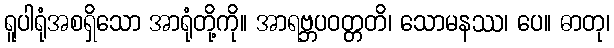
ရူပါရုံအစရှိသော အာရုံတို့ကို။ အာရဗ္ဘပဝတ္တတိ၊ သောမနဿ၊ ပေ။ ဓာတု၊